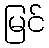
မြင်